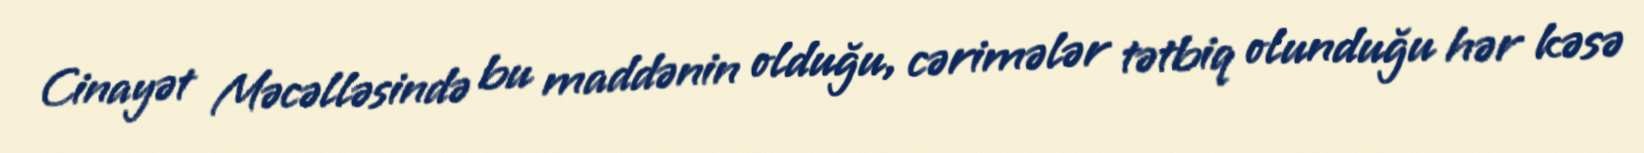
Cinayət Məcəlləsində bu maddənin olduğu, cərimələr tətbiq olunduğu hər kəsə